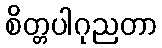
စိတ္တပါဂုညတာ